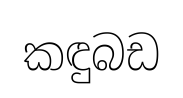
කඳුබඩ